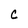
Character: c